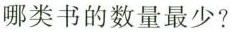
哪类书的数量最少?